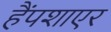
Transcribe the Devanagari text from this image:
हैंपशाएर